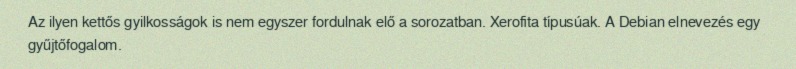
Az ilyen kettős gyilkosságok is nem egyszer fordulnak elő a sorozatban. Xerofita típusúak. A Debian elnevezés egy gyűjtőfogalom.